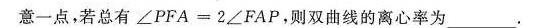
意一点，若总有∠PFA=2∠FAP，则双曲线的离心率为___.